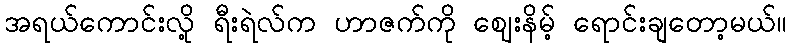
အရယ်ကောင်းလို့ ရီးရဲလ်က ဟာဇက်ကို ဈေးနိမ့် ရောင်းချတော့မယ်။